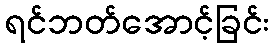
ရင်ဘတ်အောင့်ခြင်း